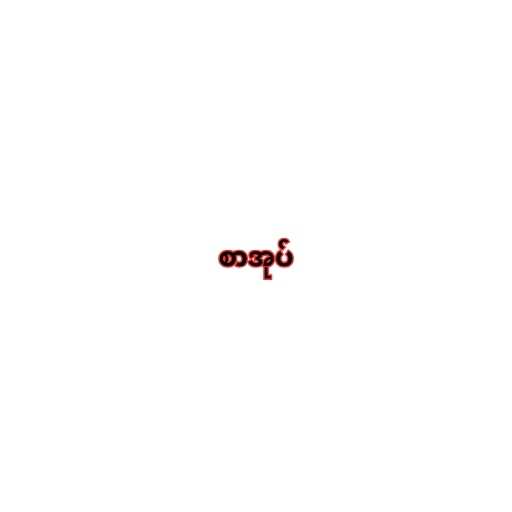
စာအုပ်